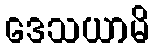
ဒေသယာမိ